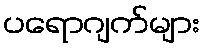
ပရောဂျက်များ